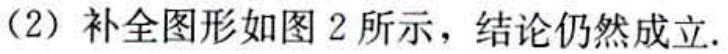
（2）补全图形如图 2 所示，结论仍然成立.